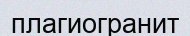
плагиогранит